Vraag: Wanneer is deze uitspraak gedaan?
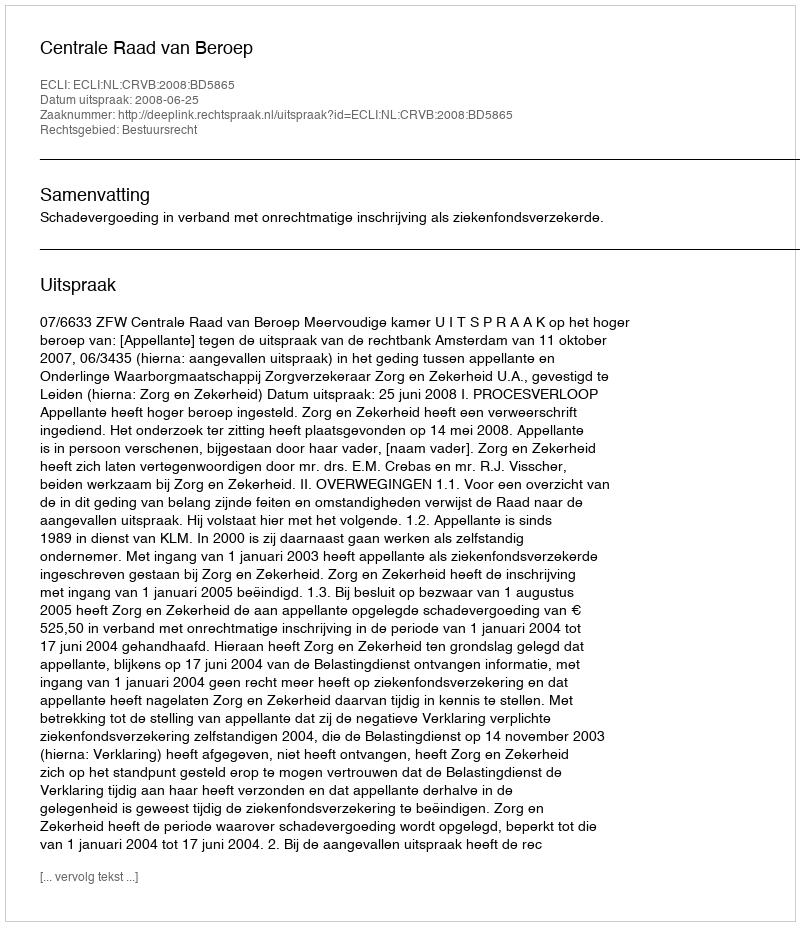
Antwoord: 2008-06-25